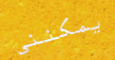
يمكنني